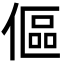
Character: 傴